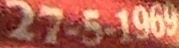
27-5-1969